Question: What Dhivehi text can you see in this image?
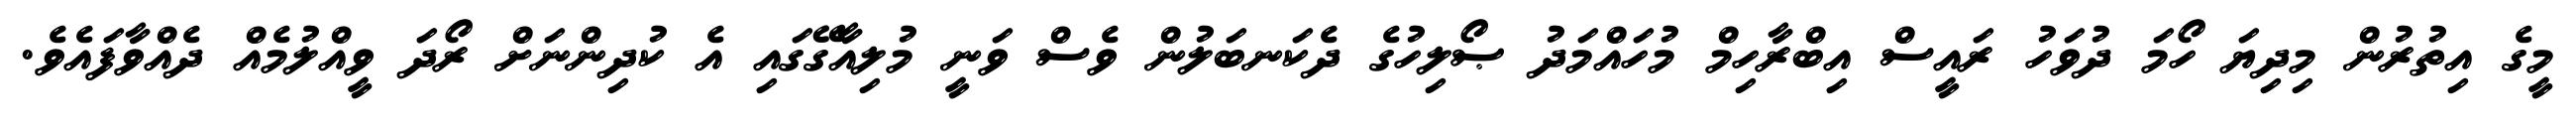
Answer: މީގެ އިތުރުން މިދިޔަ ހޯމަ ދުވަހު ރައީސް އިބްރާހިމް މުހައްމަދު ޞޯލިހުގެ ދެކަނބަލުން ވެސް ވަނީ މުލިއާގޭގައި އެ ކުދިންނަށް ރޯދަ ވީއްލުމެއް ދެއްވާފައެވެ.